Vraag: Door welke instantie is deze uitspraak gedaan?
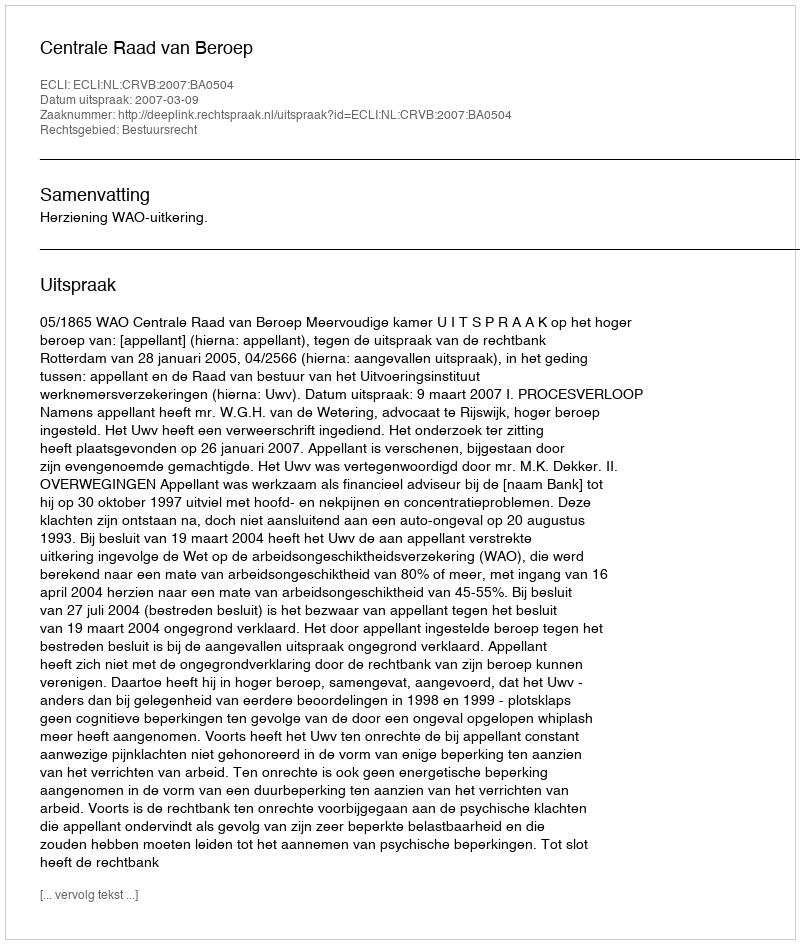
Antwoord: Centrale Raad van Beroep